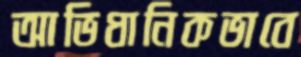
আভিধানিকভাবে